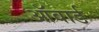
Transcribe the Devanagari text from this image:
ऑवार्ड